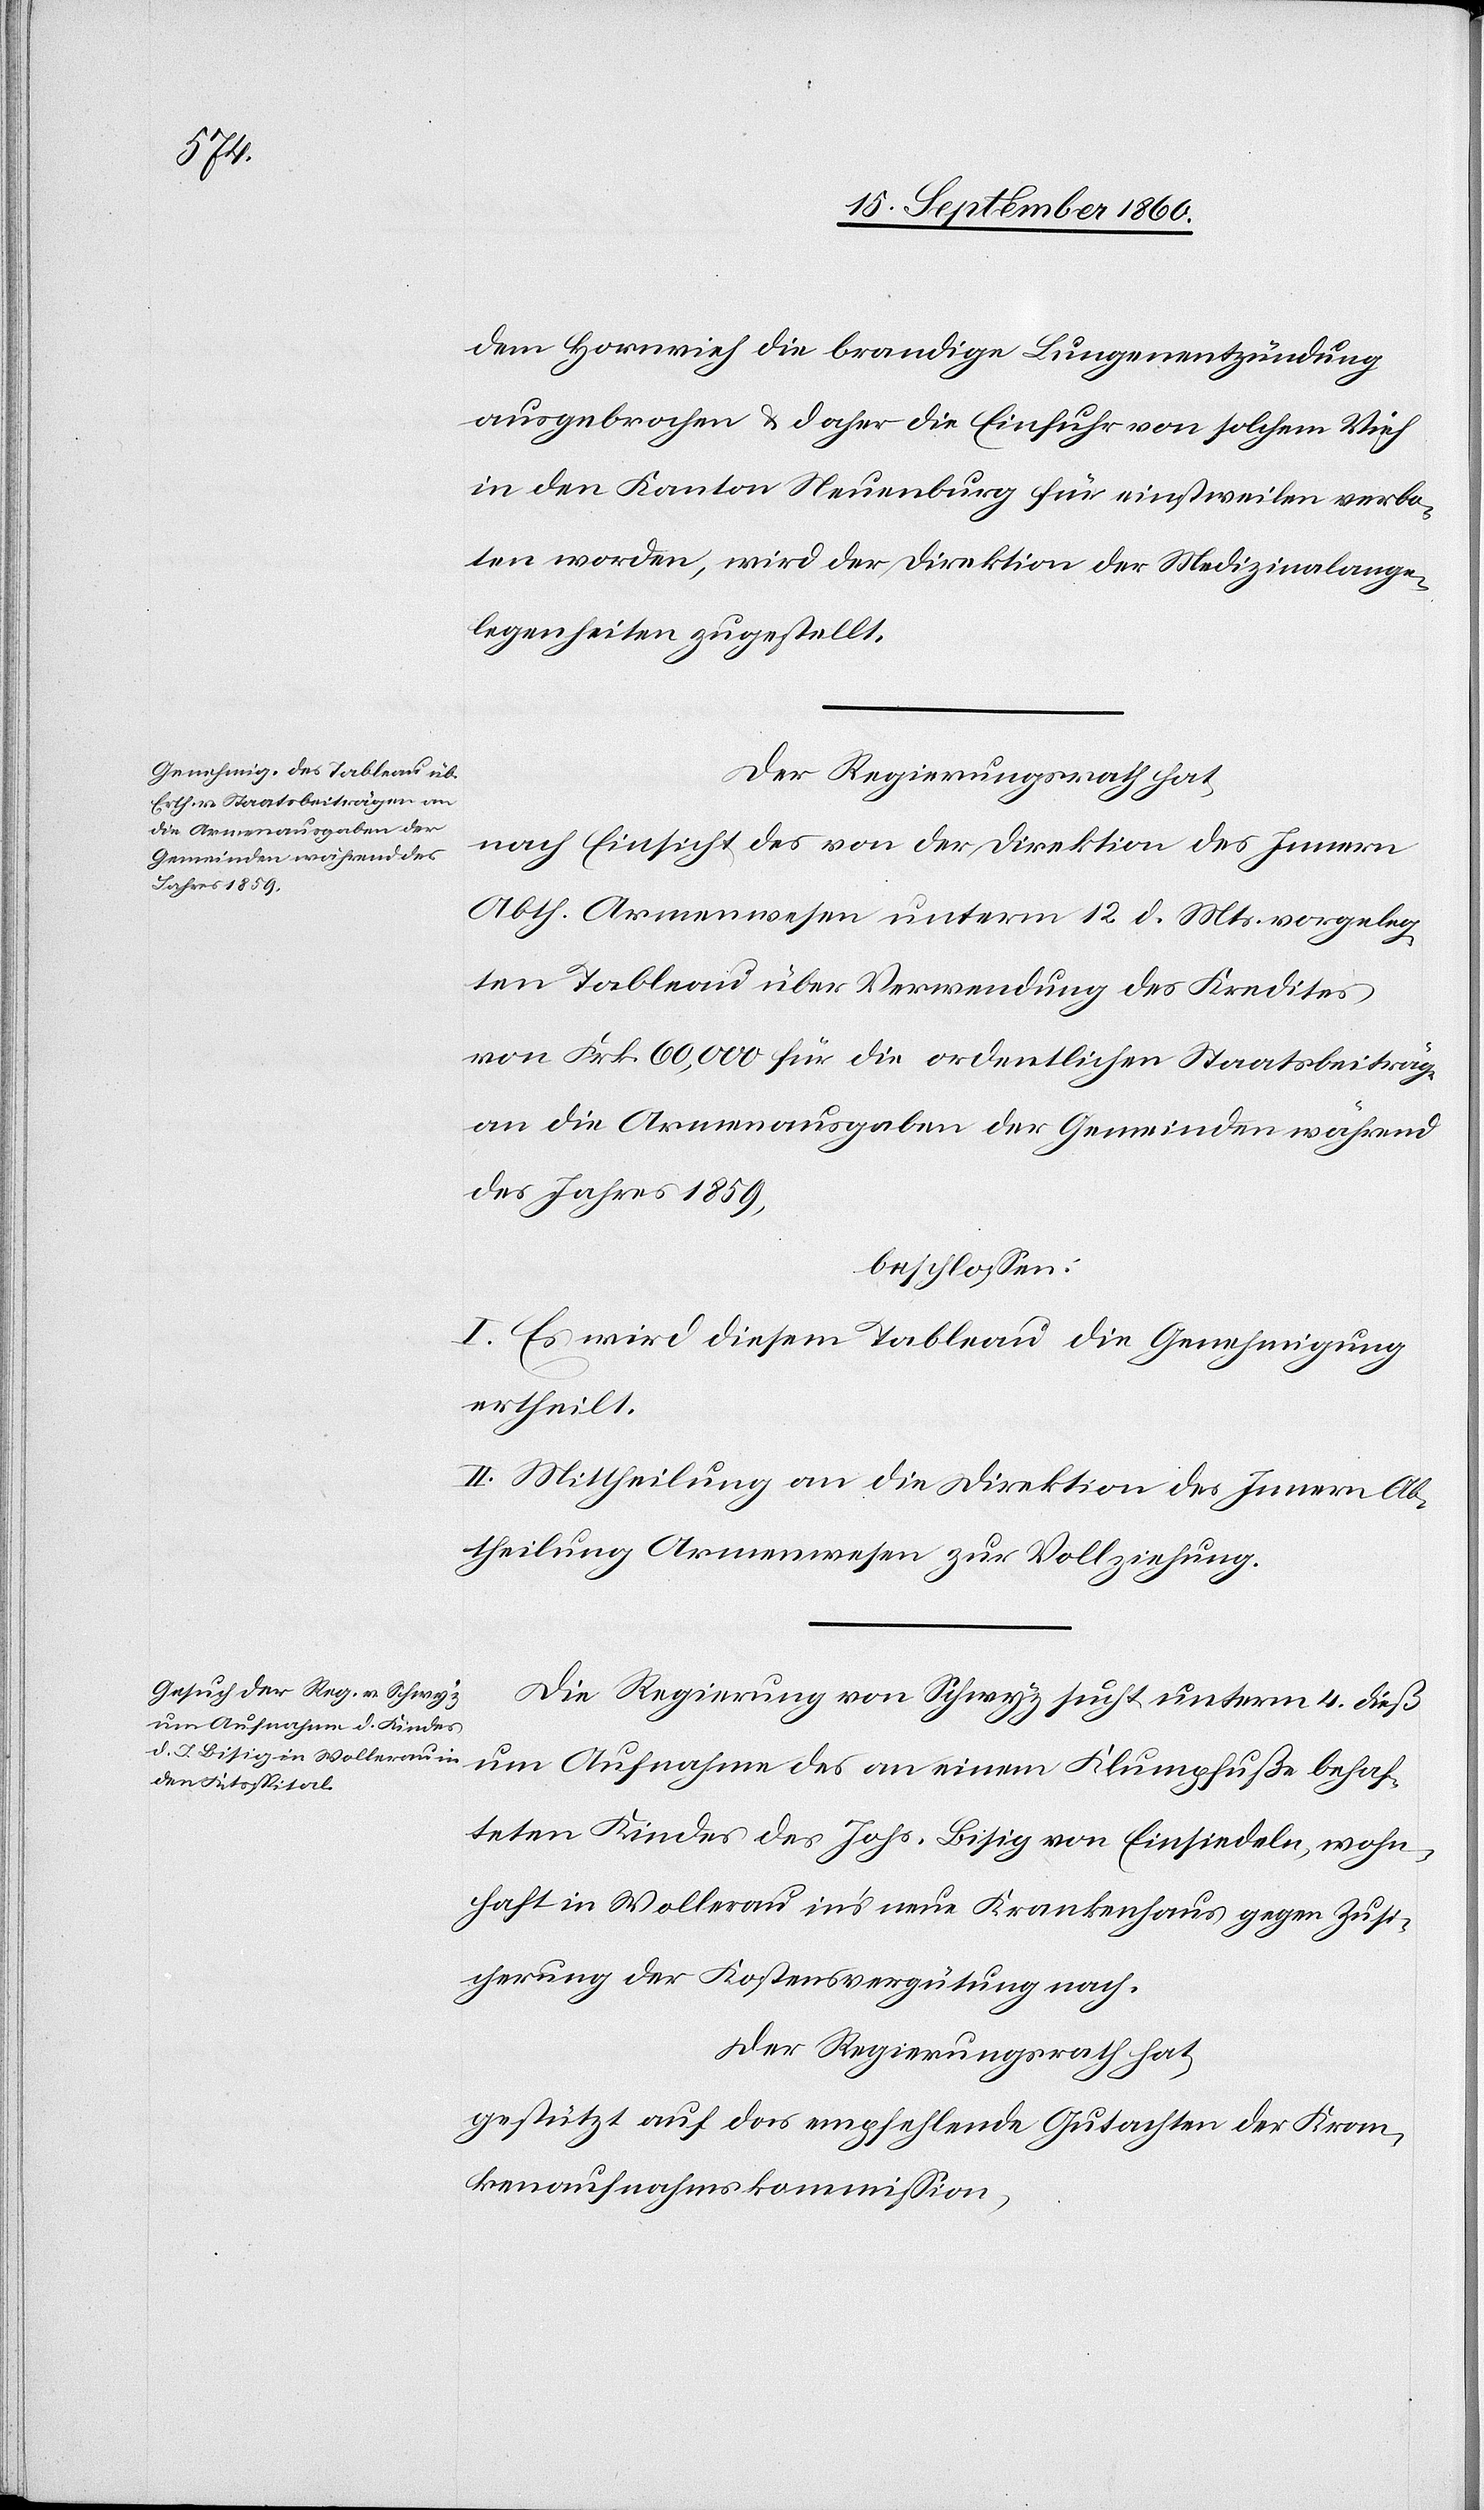
dem Hornvieh die brandige Lungenentzündung
ausgebrochen & daher die Einfuhr von solchem Vieh
in den Kanton Neuenburg für einstweilen verbo¬
ten worden, wird der Direktion der Medizinalange¬
legenheiten zugestellt.
Der Regierungsrath hat,
nach Einsicht des von der Direktion des Innern
Abth. Armenwesen unterm 12. d. Mts. vorgeleg¬
ten Tableau über Verwendung des Kredites
von Frk. 60,000 für die ordentlichen Staatsbeiträge
an die Armenausgaben der Gemeinden während
des Jahres 1859,
beschlossen:
I. Es wird diesem Tableau die Genehmigung
ertheilt.
II. Mittheilung an die Direktion des Innern Ab¬
theilung Armenwesen zur Vollziehung.
Die Regierung von Schwyz sucht unterm 4. dieß
um Aufnahme des an einem Klumpfuße behaf¬
teten Kindes des Johs. Bisig von Einsiedeln, wohn¬
haft in Wollerau in’s neue Krankenhaus gegen Zusi¬
cherung der Kostensvergütung nach.
Der Regierungsrath hat,
gestützt auf das empfehlende Gutachten der Kran¬
kenaufnahmskommission,